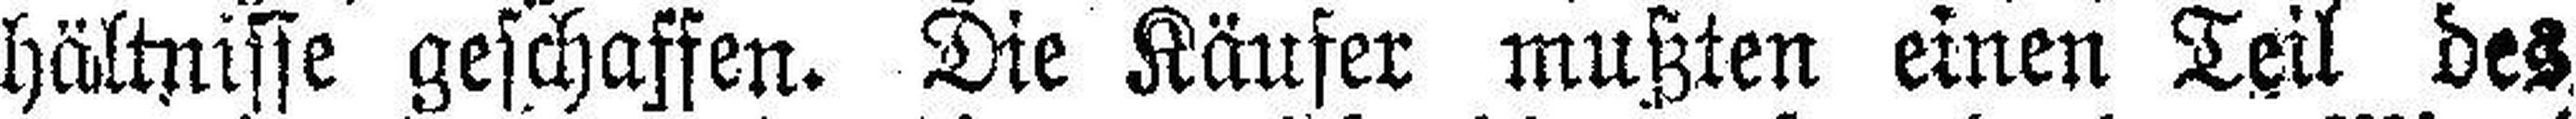
hätnisse geschaffen. Die Käufer mußten einen Teil des